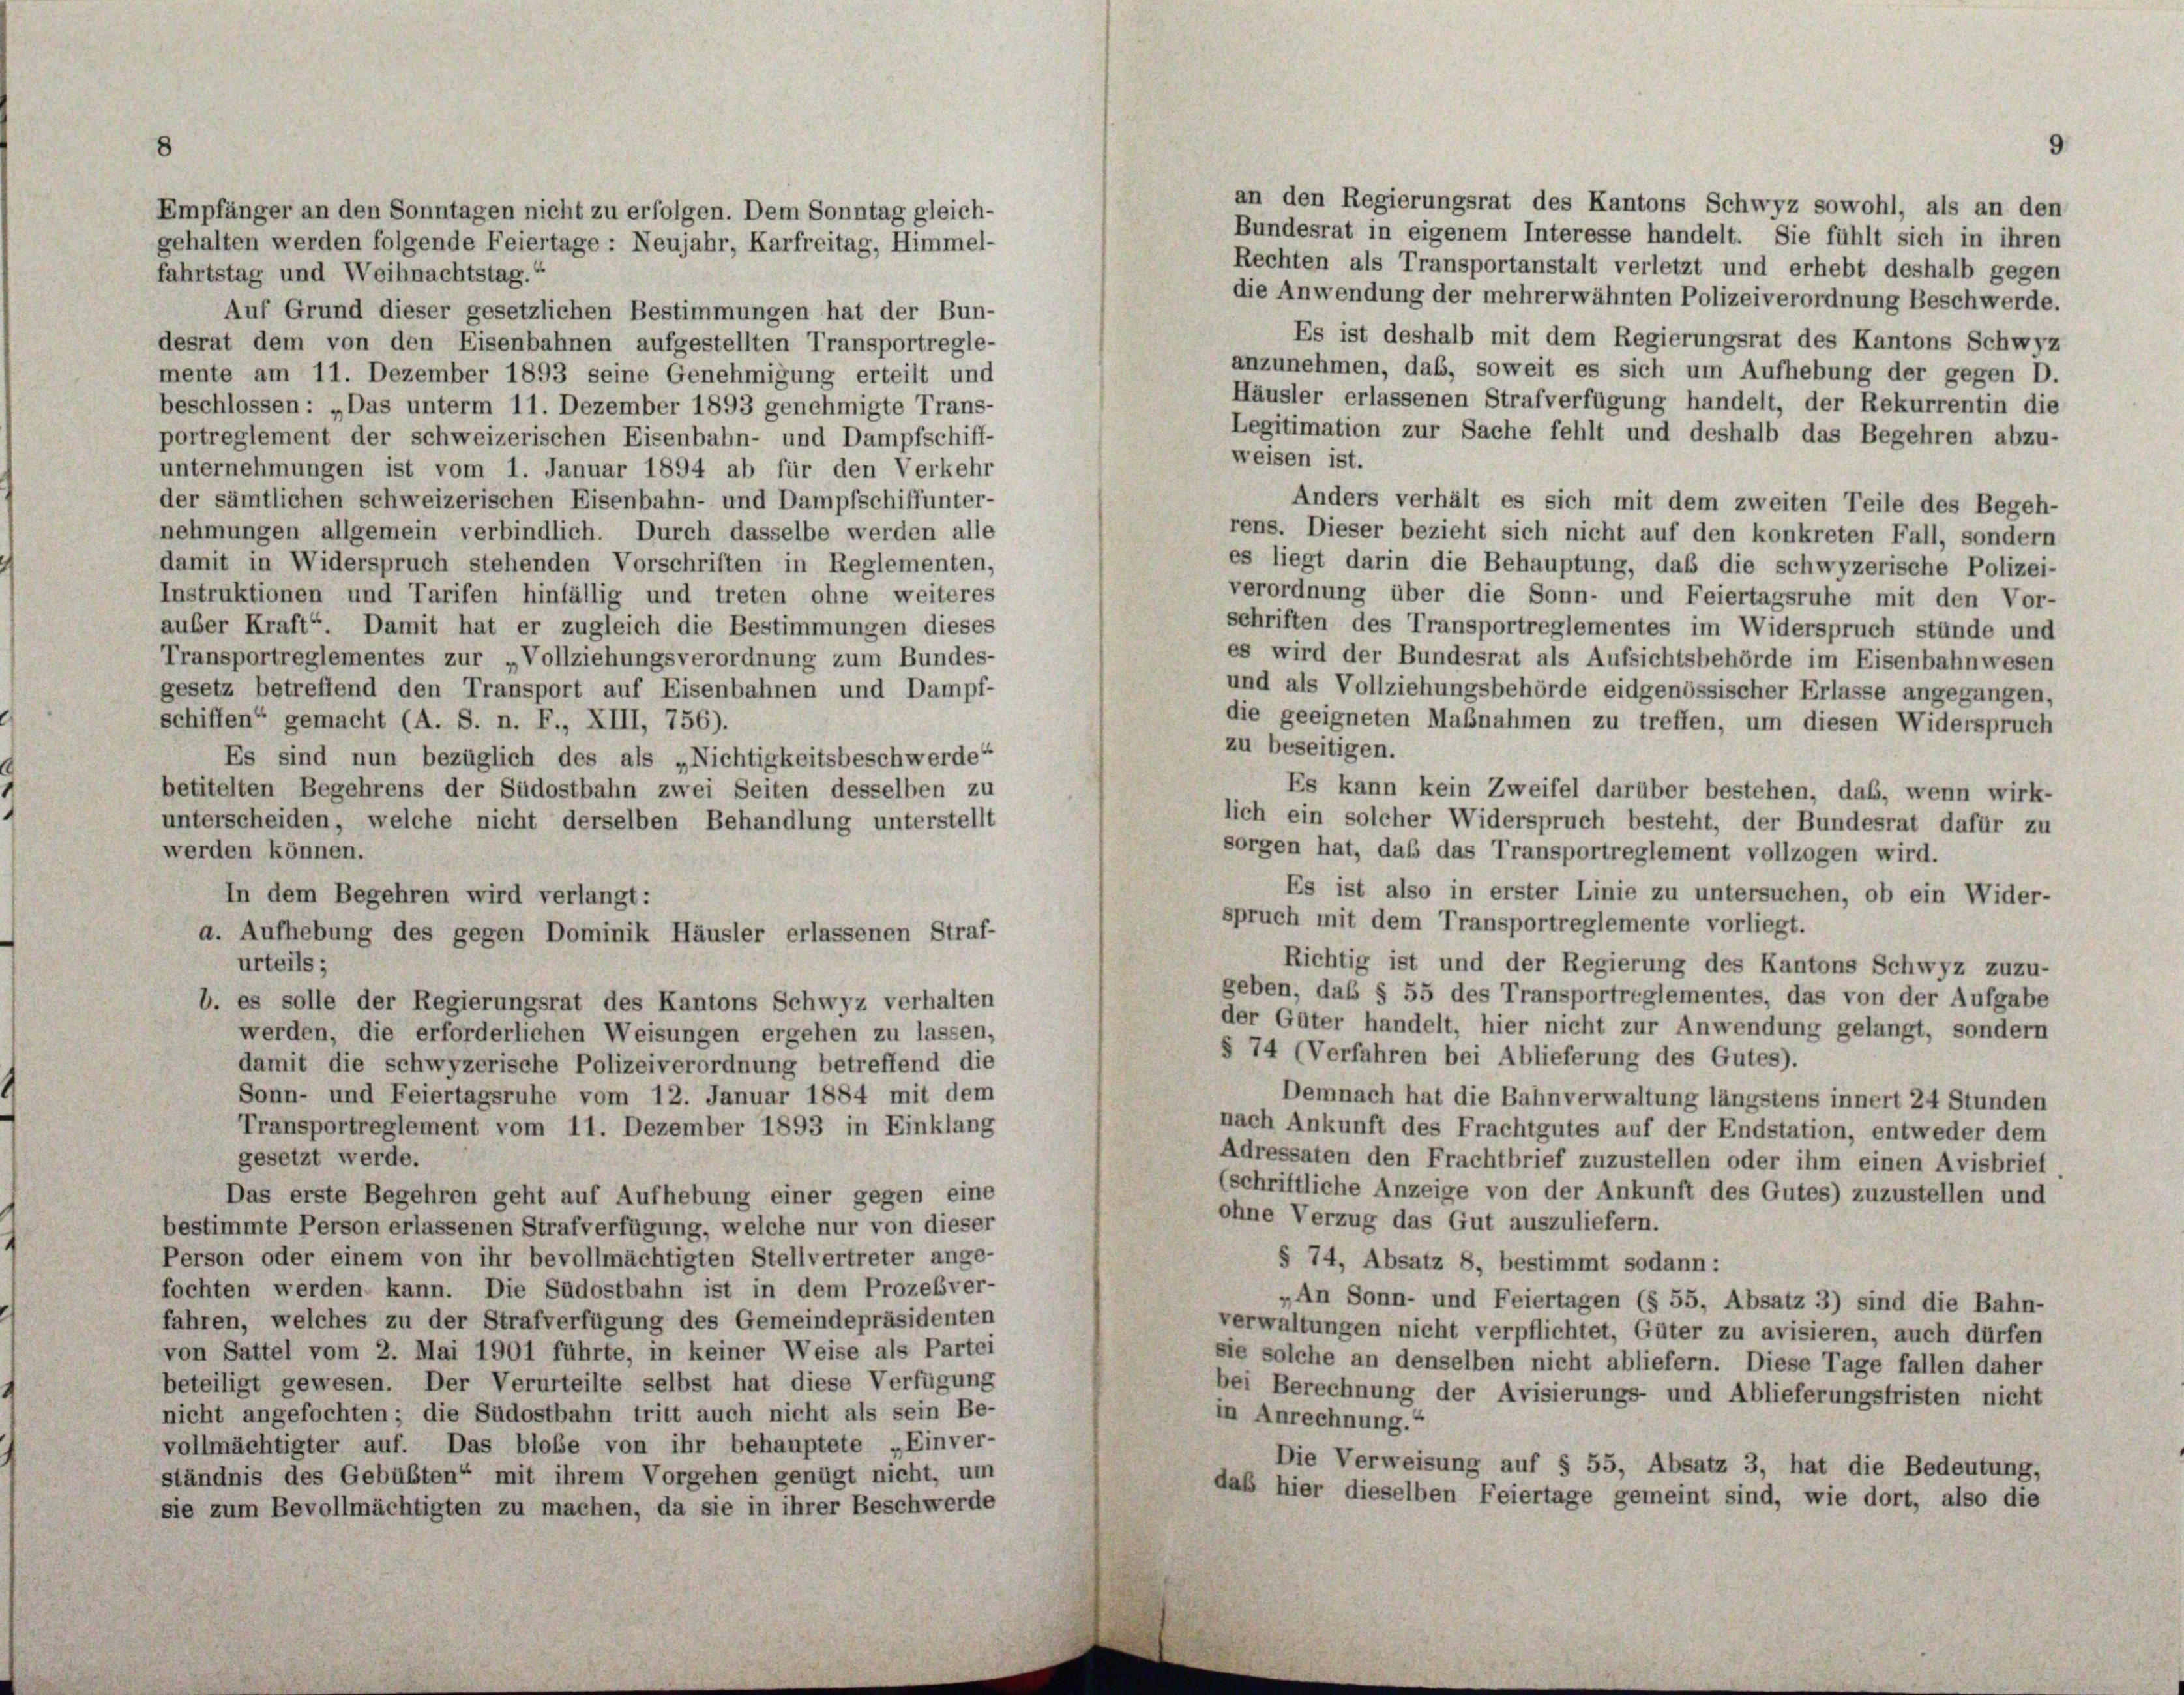
Empfänger an den Sonntagen nicht zu erfolgen. Dem Sonntag gleich-
gehalten werden folgende Feiertage : Neujahr, Karfreitag, Himmel-
fahrtstag und Weihnachtstag.“

Rechten als Transportanstalt verletzt und erhebt deshalb gegen
die Anwendung der mehrerwähnten Polizeiverordnung Beschwerde,
Auf Grund dieser gesetzlichen Bestimmungen hat der Bun-
Es ist deshalb mit dem Regierungsrat des Kantons Schwyz
desrat dem von den Eisenbahnen aufgestellten Transportregle-
anzunehmen, das, soweit es sich um Aufhebung der gegen D.
mente am 11. Dezember 1893 seine Genehmigung erteilt und
Häusler erlassenen Strafverfügung handelt, der Rekurrentin die
beschlossen: „Das unterm 11. Dezember 1893 genehmigte Trans-
Legitimation zur Sache fehlt und deshalb das Begehren abzu-
portreglement der schweizerischen Eisenbahn- und Dampfschiff-
weisen ist.
unternehmungen ist vom 1. Januar 1894 ab für den Verkehr
der sämtlichen schweizerischen Eisenbahn- und Dampfschiffunter-
Anders verhält es sich mit dem zweiten Teile des Begeh-
nehmungen allgemein verbindlich. Durch dasselbe werden alle
rens. Dieser bezieht sich nicht auf den konkreten Fall, sondern
damit in Widerspruch stehenden Vorschriften in Reglementen,
es liegt darin die Behauptung, daß die schwyzerische Polizei-
Instruktionen und Tarifen hinfällig und treten ohne weiteres
verordnung über die Sonn- und Feiertagsruhe mit den Vor-
schriften des Transportreglementes im Widerspruch stünde und
auber Kraft“. Damit hat er zugleich die Bestimmungen dieses
es wird der Bundesrat als Aufsichtsbehörde im Eisenbahnwesen
Transportreglementes zur „Vollziehungsverordnung zum Bundes-
und als Vollziehungsbehörde eidgenössischer Erlasse angegangen,
gesetz betreffend den Transport auf Eisenbahnen und Dampf-
die geeigneten Maßnahmen zu treffen, um diesen Widerspruch
schiffen“ gemacht (A. S. n. F., XIII, 756).
zu beseitigen.
Es sind nun bezüglich des als „Nichtigkeitsbeschwerde“
betitelten Begehrens der Südostbahn zwei Seiten desselben zu
Es kann kein Zweifel darüber bestehen, daß, wenn wirk-
lich ein solcher Widerspruch besteht, der Bundesrat dafür zu
unterscheiden, welche nicht derselben Behandlung unterstellt
sorgen hat, das das Transportreglement vollzogen wird.
werden können.
Es ist also in erster Linie zu untersuchen, ob ein Wider-
In dem Begehren wird verlangt:
spruch mit dem Transportreglemente vorliegt.
a. Aufhebung des gegen Dominik Häusler erlassenen Straf-
urteils;
Richtig ist und der Regierung des Kantons Schwyz zuzu-
geben, das § 55 des Transportreglementes, das von der Aufgabe
b. es solle der Regierungsrat des Kantons Schwyz verhalten
der Güter handelt, hier nicht zur Anwendung gelangt, sondern
werden, die erforderlichen Weisungen ergehen zu lassen,
§ 74 (Verfahren bei Ablieferung des Gutes).
damit die schwyzerische Polizeiverordnung betreffend die
Sonn- und Feiertagsruhe vom 12. Januar 1884 mit dem
Demnach hat die Bahnverwaltung längstens innert 24 Stunden
Transportreglement vom 11. Dezember 1893 in Einklang
nach Ankunft des Frachtgutes auf der Endstation, entweder dem
gesetzt werde.
Adressaten den Frachtbrief zuzustellen oder ihm einen Avisbrief
(schriftliche Anzeige von der Ankunft des Gutes) zuzustellen und
Das erste Begehren geht auf Aufhebung einer gegen eine
ohne Verzug das Gut auszuliefern.
bestimmte Person erlassenen Strafverfügung, welche nur von dieser
Person oder einem von ihr bevollmächtigten Stellvertreter ange-
§ 74, Absatz 8, bestimmt sodann:
fochten werden kann. Die Südostbahn ist in dem Prozeßver-
„An Sonn- und Feiertagen (§ 55, Absatz 3) sind die Bahn-
fahren, welches zu der Strafverfügung des Gemeindepräsidenten
verwaltungen nicht verpflichtet, Güter zu avisieren, auch dürfen
von Sattel vom 2. Mai 1901 führte, in keiner Weise als Partei
sie solche an denselben nicht abliefern. Diese Tage fallen daher
beteiligt gewesen. Der Verurteilte selbst hat diese Verfügung
bei Berechnung der Avisierungs- und Ablieferungsfristen nicht
nicht angefochten; die Südostbahn tritt auch nicht als sein Be-
in Anrechnung.“
vollmächtigter auf. Das blobe von ihr behauptete „Einver-
Die Verweisung auf § 55, Absatz 3, hat die Bedeutung,
ständnis des Gebübten“ mit ihrem Vorgehen genügt nicht, um
daß hier dieselben Feiertage gemeint sind, wie dort, also die
sie zum Bevollmächtigten zu machen, da sie in ihrer Beschwerde

an den Regierungsrat des Kantons Schwyz sowohl, als an den
Bundesrat in eigenem Interesse handelt. Sie fühlt sich in ihren